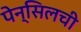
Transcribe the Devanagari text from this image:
पेन्सिलची